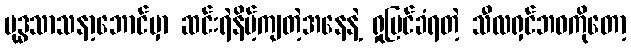
ဗုဒ္ဓသာသနာ့ဘောင်မှာ ဆင်းရဲနိမ့်ကျတဲ့အနေနဲ့ ရှုမြင်ခံရတဲ့ သီလရှင်ဘဝကိုတော့